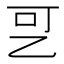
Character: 㐓